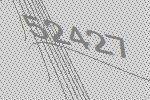
52427